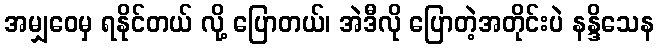
အမျှဝေမှ ရနိုင်တယ် လို့ ပြောတယ်၊ အဲဒီလို ပြောတဲ့အတိုင်းပဲ နန္ဒိသေန